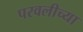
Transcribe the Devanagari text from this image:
परवलीच्या